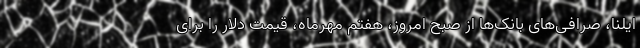
ایلنا، صرافی‌های بانک‌ها از صبح امروز، هفتم مهرماه، قیمت دلار را برای